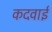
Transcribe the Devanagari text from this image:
कदवाई